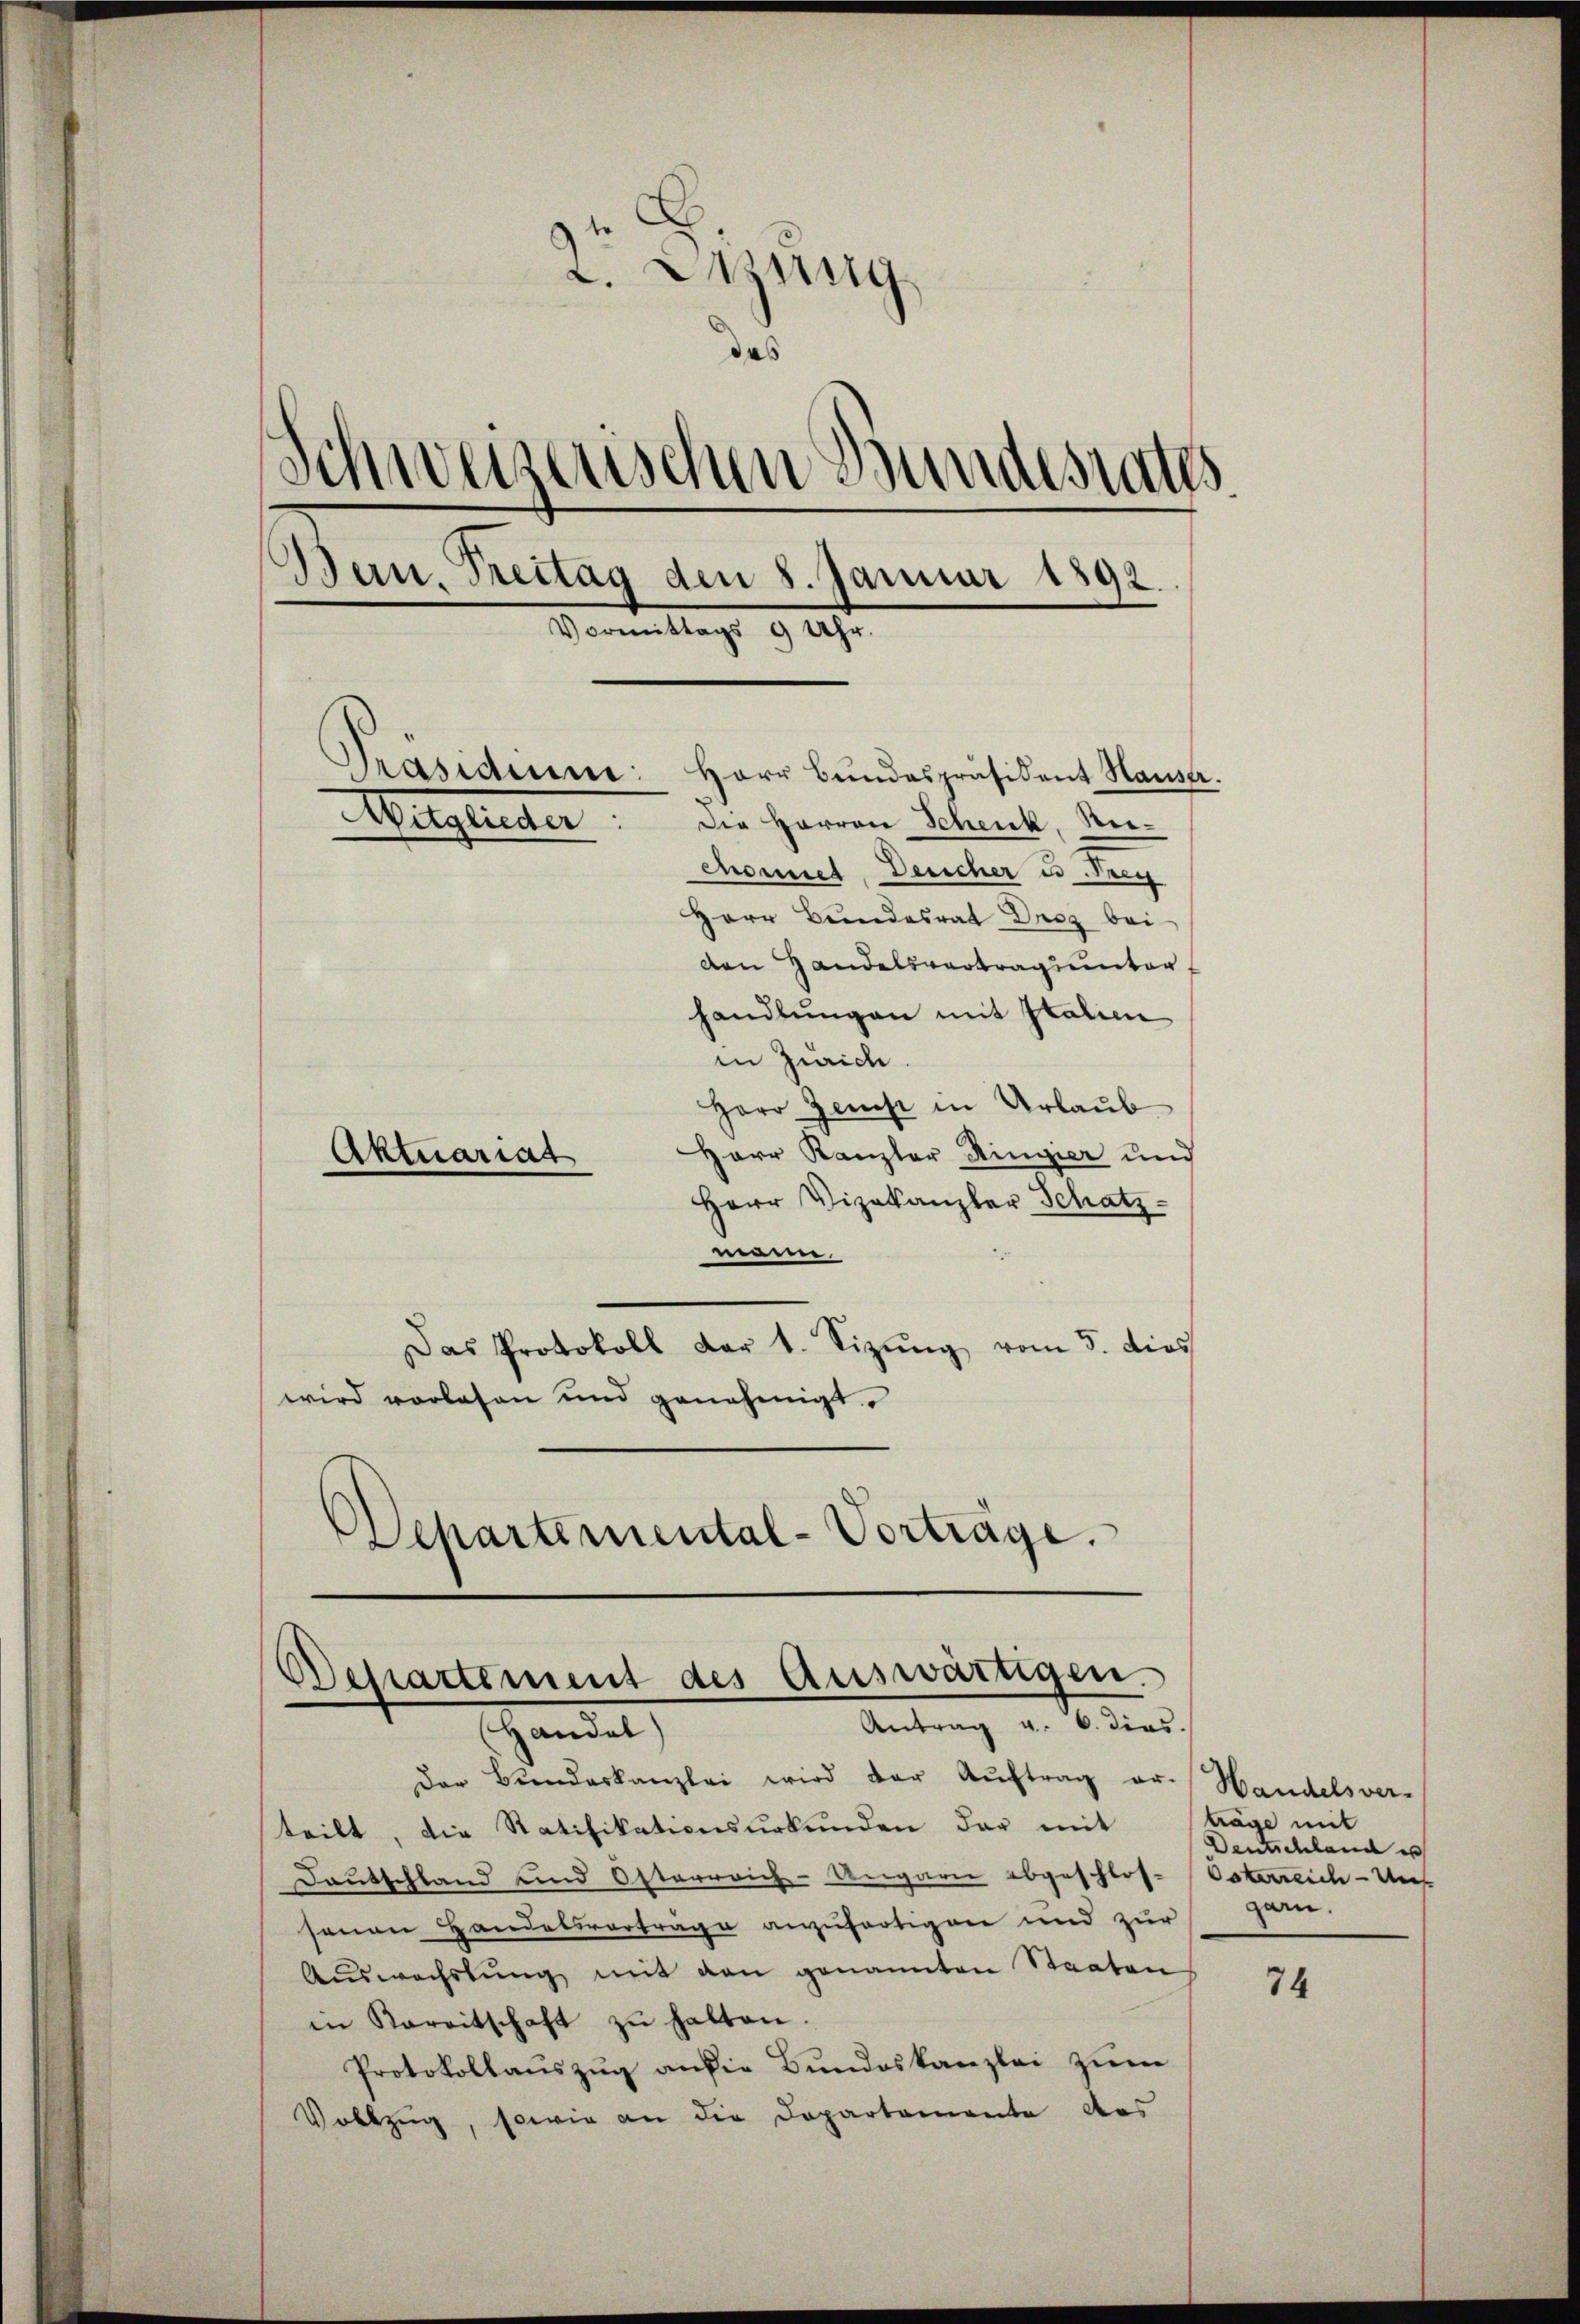
2. Etzung
das
Schweizerischen Bundesrates
Bern, Treitag den 8. Januar 1892.
Vormittags 9 Uhr.
e
Präsidium:
Herr Bundespräsident Hauser.
Mitglieder
Die Herren Schenk, Reichonnet, Deucher u Frey
Herr Bundesrat Desz bei
den Handelsvertragsunterhandlungen mit Italin
in Zürich

Herr Zerst in Urlaub
Herr Kanzler Ringier und
Herr Vizekanzler Schatz
nden
Das Protokoll dar t. Sizŭng vom 3. dies
wird vorlesen und genehmigt.
d
Schartemental-Vorträge.

Aktuariat

Departement des Auswärtigen.
Antrag v. 6. dies
shandel

Der Bundeskanzlei wird der Auftrag er-Handelsver-
teilt, die Ratifikationsurkunden dar mit
Deutschland und Österreich-Ungarn abgeschlos-Osterreich - Uns
senen Handelsvorträge anzufertigen und zur
Aŭswechstŭng mit den genannten Staaten
in Kareitschaft zŭ halten.
Protokollauszug an die Bundeskanzlei zum
Vollzug, sowie an die Dopartemente des

träge mit
Deutschland e
garn.

74